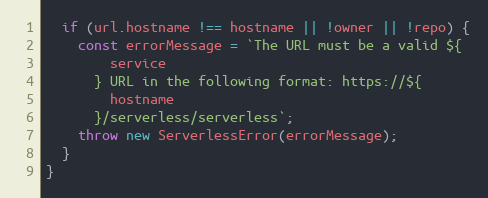
Language: JavaScript
  if (url.hostname !== hostname || !owner || !repo) {
    const errorMessage = `The URL must be a valid ${
        service
      } URL in the following format: https://${
        hostname
      }/serverless/serverless`;
    throw new ServerlessError(errorMessage);
  }
}